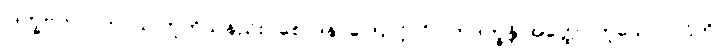
‘ဒုက္ခဗဟုလတာယ’ဟူဘိသနည်း။ စောဒနာကြောင့် ‘ဝိပါကဒုက္ခန္တိ အတ္ထော’ဟူသော ပါဌ်ကို